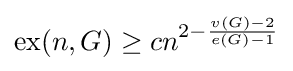
\operatorname {ex} (n,G)\geq cn^{2-{\frac {v(G)-2}{e(G)-1}}}